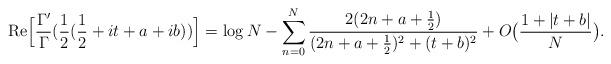
LaTeX: \begin{align*}\mathrm{Re}\Big[\frac{\Gamma'}{\Gamma}(\frac{1}{2}(\frac12+it+a + ib))\Big]=\log N -\sum_{n=0}^N \frac{2(2n+a+\frac12)}{(2n+a+\frac12)^2+(t+b)^2}+ O\big(\frac{1+|t+b|}{N}\big).\end{align*}